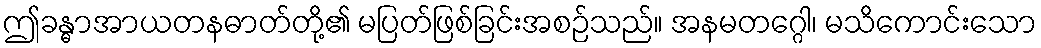
ဤခန္ဓာအာယတနဓာတ်တို့၏ မပြတ်ဖြစ်ခြင်းအစဉ်သည်။ အနမတဂ္ဂေါ၊ မသိကောင်းသော